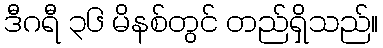
ဒီဂရီ ၃၆ မိနစ်တွင် တည်ရှိသည်။